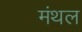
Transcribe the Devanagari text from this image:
मंथल